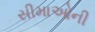
સીમાઓની